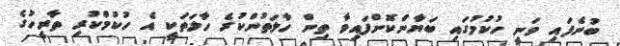
ބުނެފައި ވަނީ ހުކުމުގައި ބަޔާންކޮށްފައިވާ ތިން ހާލަތުންކުރެ ހާލަތަކީ އެ ހުކުމްކުރި ތާރީހުގެ